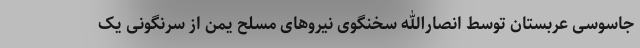
جاسوسی عربستان توسط انصارالله سخنگوی نیروهای مسلح یمن از سرنگونی یک